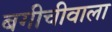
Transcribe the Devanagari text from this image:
बगीचीवाला